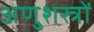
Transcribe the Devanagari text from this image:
अणुशस्त्रों